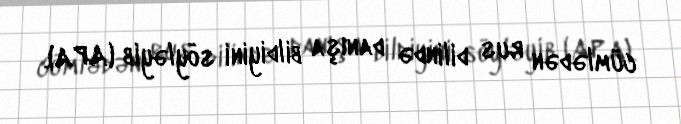
cümlədən rus dilində danışa bildiyini söyləyib (APA).